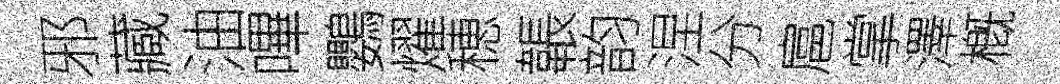
邪藏油嗶鸚燿穂韔韵涅分扈掌澤槪